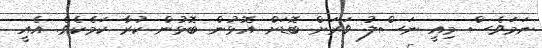
ނަމަވެސް މިއީ ނަސްލު ވަރަށް ބޮޑަށް އޮޅުން ބޮޅުން ކުރާ ކަމެކެވެ. އެއީ